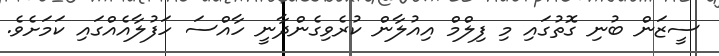
ސީޒަން ބުނި ގޮތުގައި މި ފިލްމް އިއުލާން ކުރެވިގެންދާނީ ހާއްސަ ހަފުލާއެއްގައި ކަމަށެވެ.